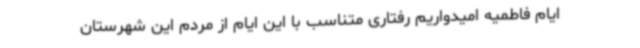
ایام فاطمیه امیدواریم رفتاری متناسب با این ایام از مردم این شهرستان